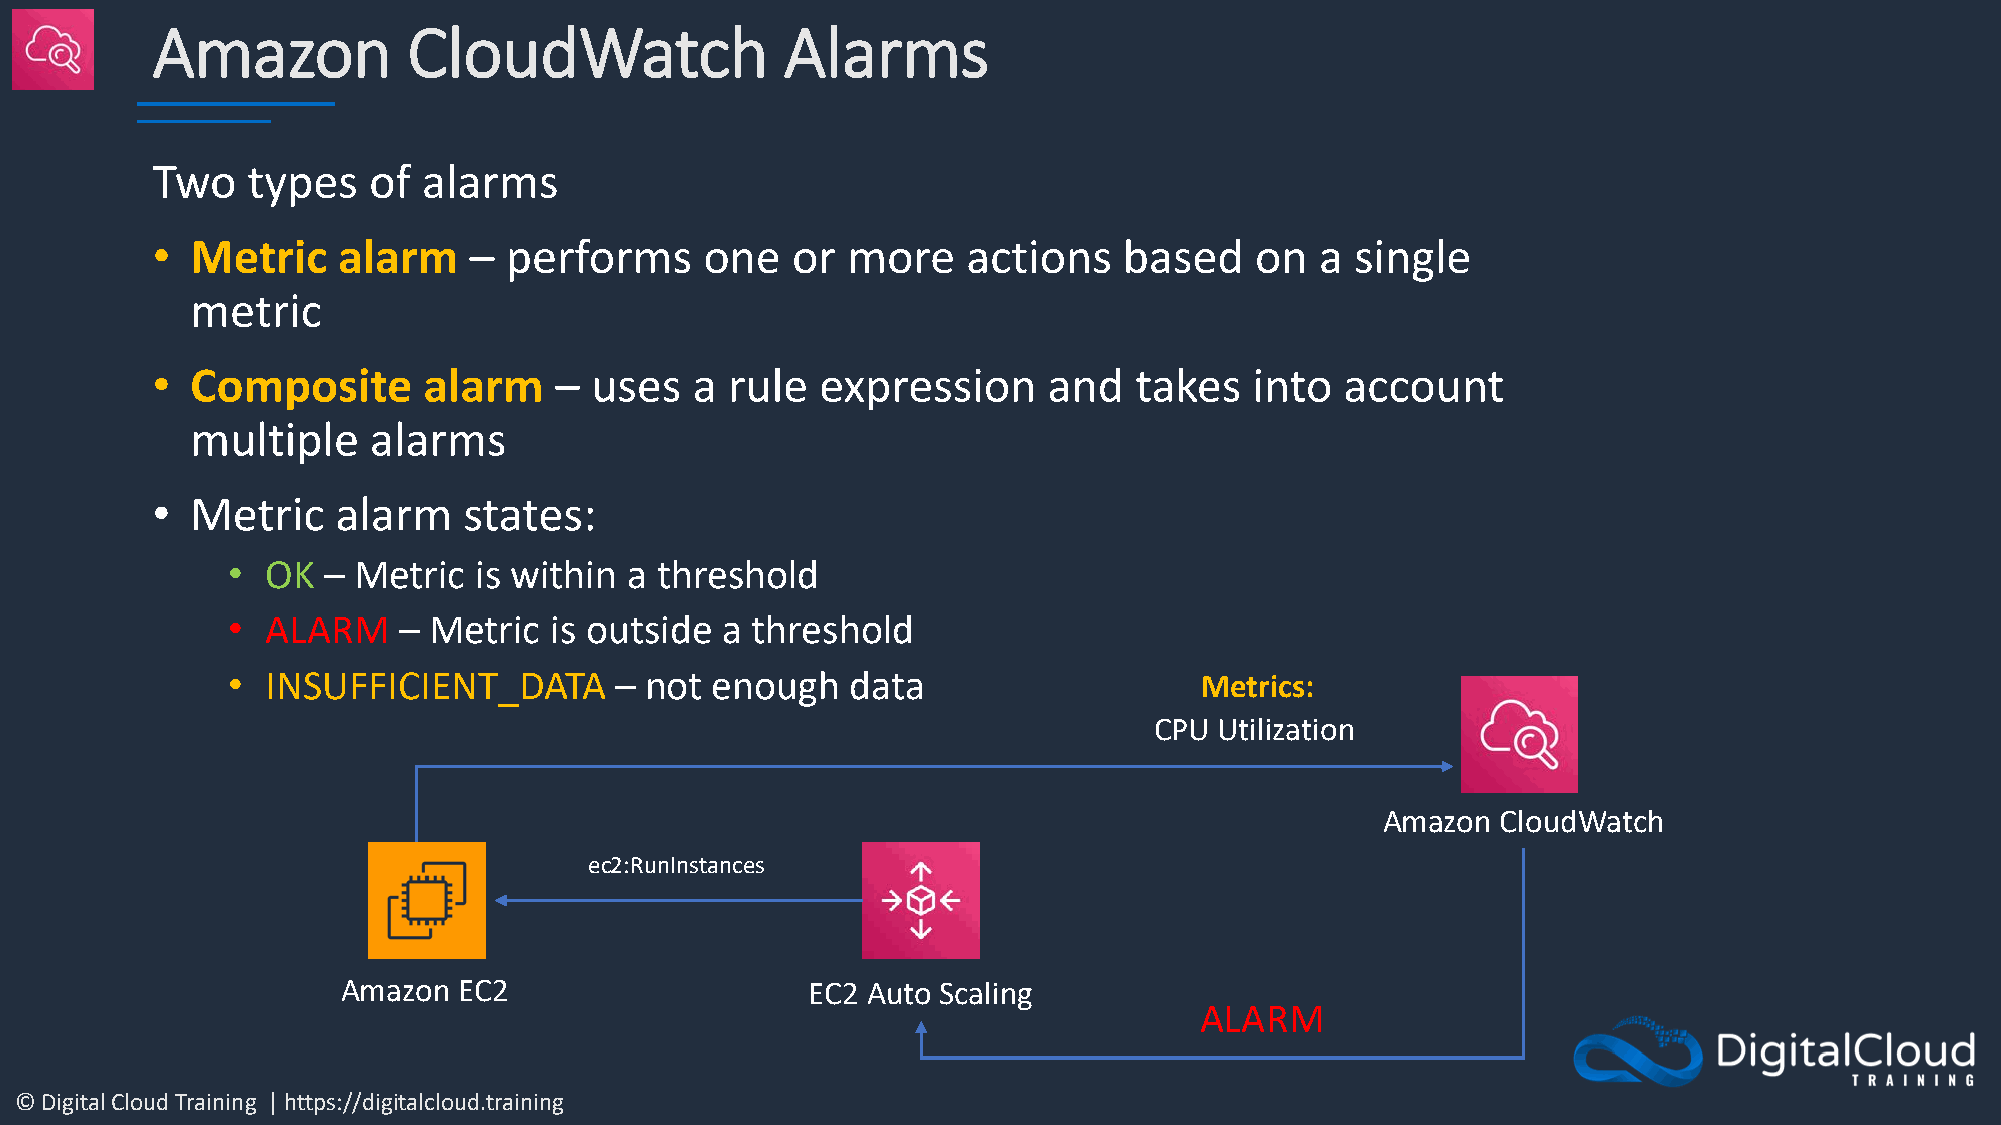
Amazon           CloudWatch               Alarms
 Two   types   of  alarms
 •  Metric   alarm    – performs      one  or  more    actions   based    on  a  single
 metric
 •  Composite      alarm    – uses   a rule  expression     and   takes   into  account
 multiple   alarms
 •  Metric   alarm    states:
 •  OK – Metric  is within  a threshold
 •  ALARM   – Metric  is outside  a threshold
 •  INSUFFICIENT_DATA      – not enough   data                   Metrics:
 CPU  Utilization
 Amazon  CloudWatch
 ec2:RunInstances
 Amazon EC2                    EC2 Auto Scaling
 ALARM
 © Digital Cloud Training | https://digitalcloud.training